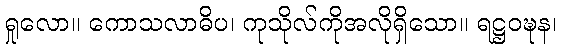
ရှုလော။ ကောသလာဓိပ၊ ကုသိုလ်ကိုအလိုရှိသော။ ရဋ္ဌဝဍ္ဎန၊